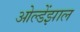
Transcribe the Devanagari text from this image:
ओल्डेंझाल